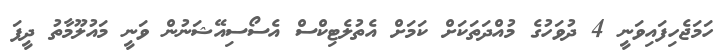
ހަމަޖެހިފައިވަނީ 4 ދުވަހުގެ މުއްދަތަކަށް ކަމަށް އެތުލެޓިކްސް އެސޯސިއޭޝަނުން ވަނީ މައުލޫމާތު ދީފަ